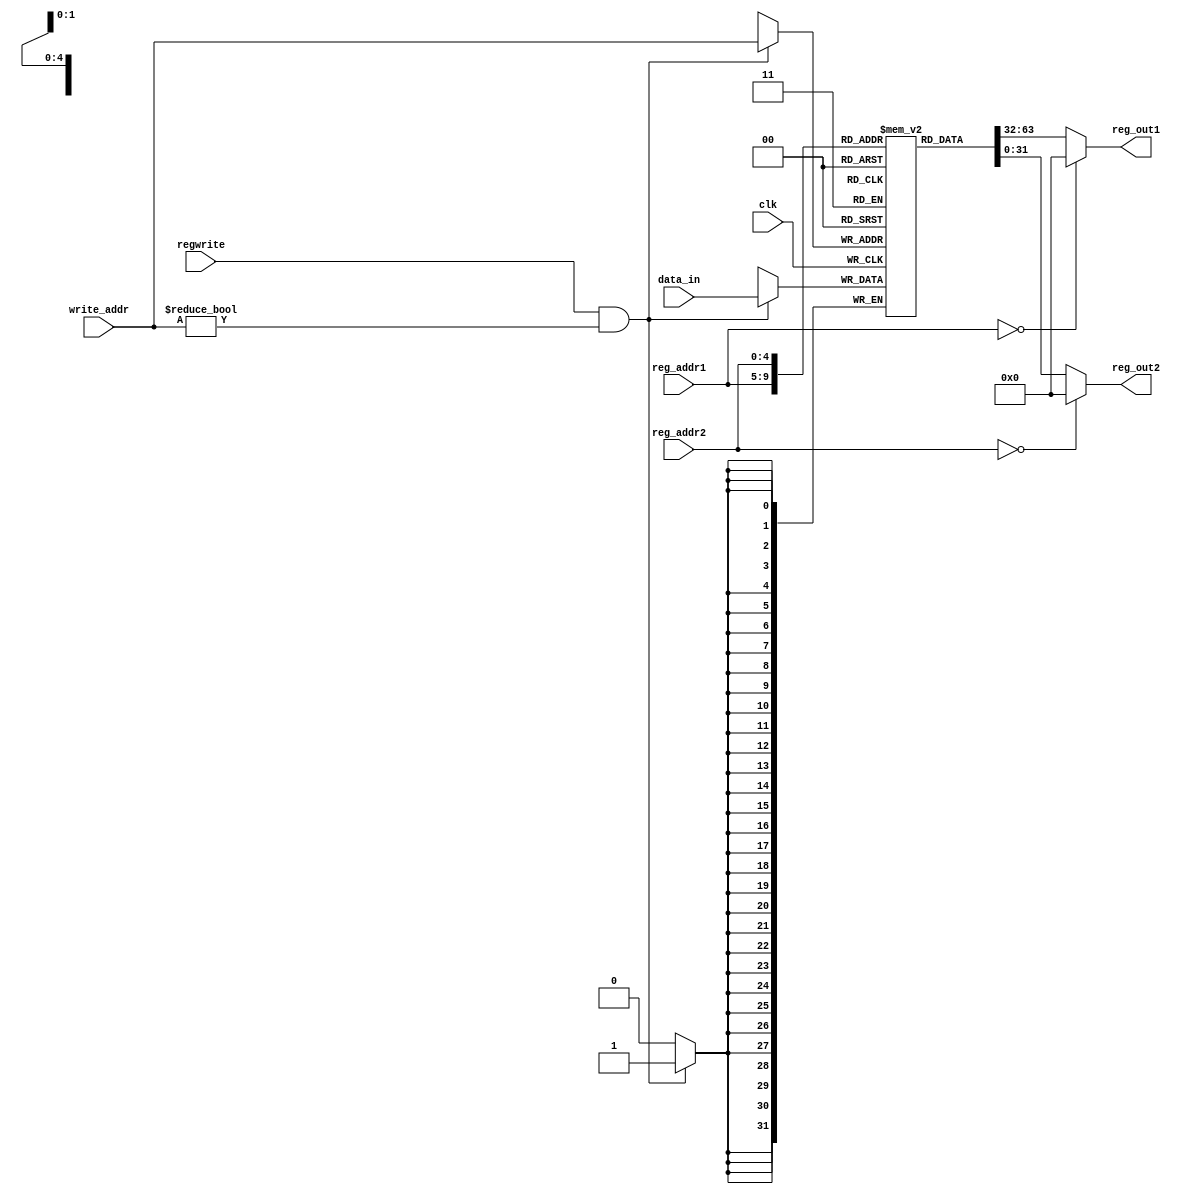
module gpr(clk, regwrite, data_in, reg_addr1, reg_addr2, write_addr, reg_out1, reg_out2
    );
    input   clk;
    input   regwrite;
    input   [31:0]  data_in;
    input   [4:0]   reg_addr1, reg_addr2;
    input   [4:0]   write_addr;

    output  [31:0]  reg_out1, reg_out2;

    reg    [31:0] gpr_reg [31:0];
    
    always @(posedge clk) begin
        if(regwrite && write_addr != 5'h00)
            gpr_reg[write_addr] <= data_in;
    end
    assign reg_out1 = (reg_addr1 == 5'b00) ? 32'b0 : gpr_reg[reg_addr1];
    assign reg_out2 = (reg_addr2 == 5'b00) ? 32'b0 : gpr_reg[reg_addr2];

endmodule